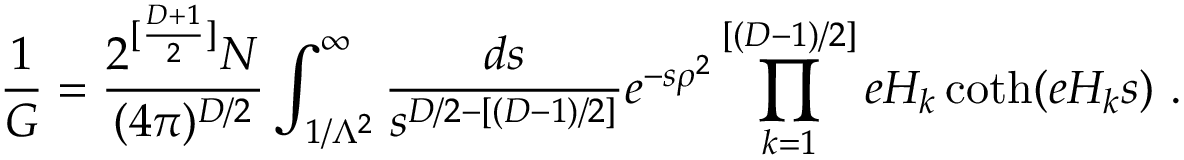
\frac { 1 } { G } = \frac { 2 ^ { [ \frac { D + 1 } { 2 } ] } N } { ( 4 \pi ) ^ { D / 2 } } \int _ { 1 / \Lambda ^ { 2 } } ^ { \infty } \frac { d s } { s ^ { D / 2 - [ ( D - 1 ) / 2 ] } } e ^ { - s \rho ^ { 2 } } \prod _ { k = 1 } ^ { [ ( D - 1 ) / 2 ] } e H _ { k } \coth ( e H _ { k } s ) ~ .